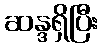
ဆန္ဒရှိပြီး